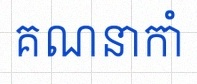
គណនាកាំ